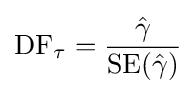
\mathrm {DF} _{\tau }={\frac {\hat {\gamma }}{\operatorname {SE} ({\hat {\gamma }})}}